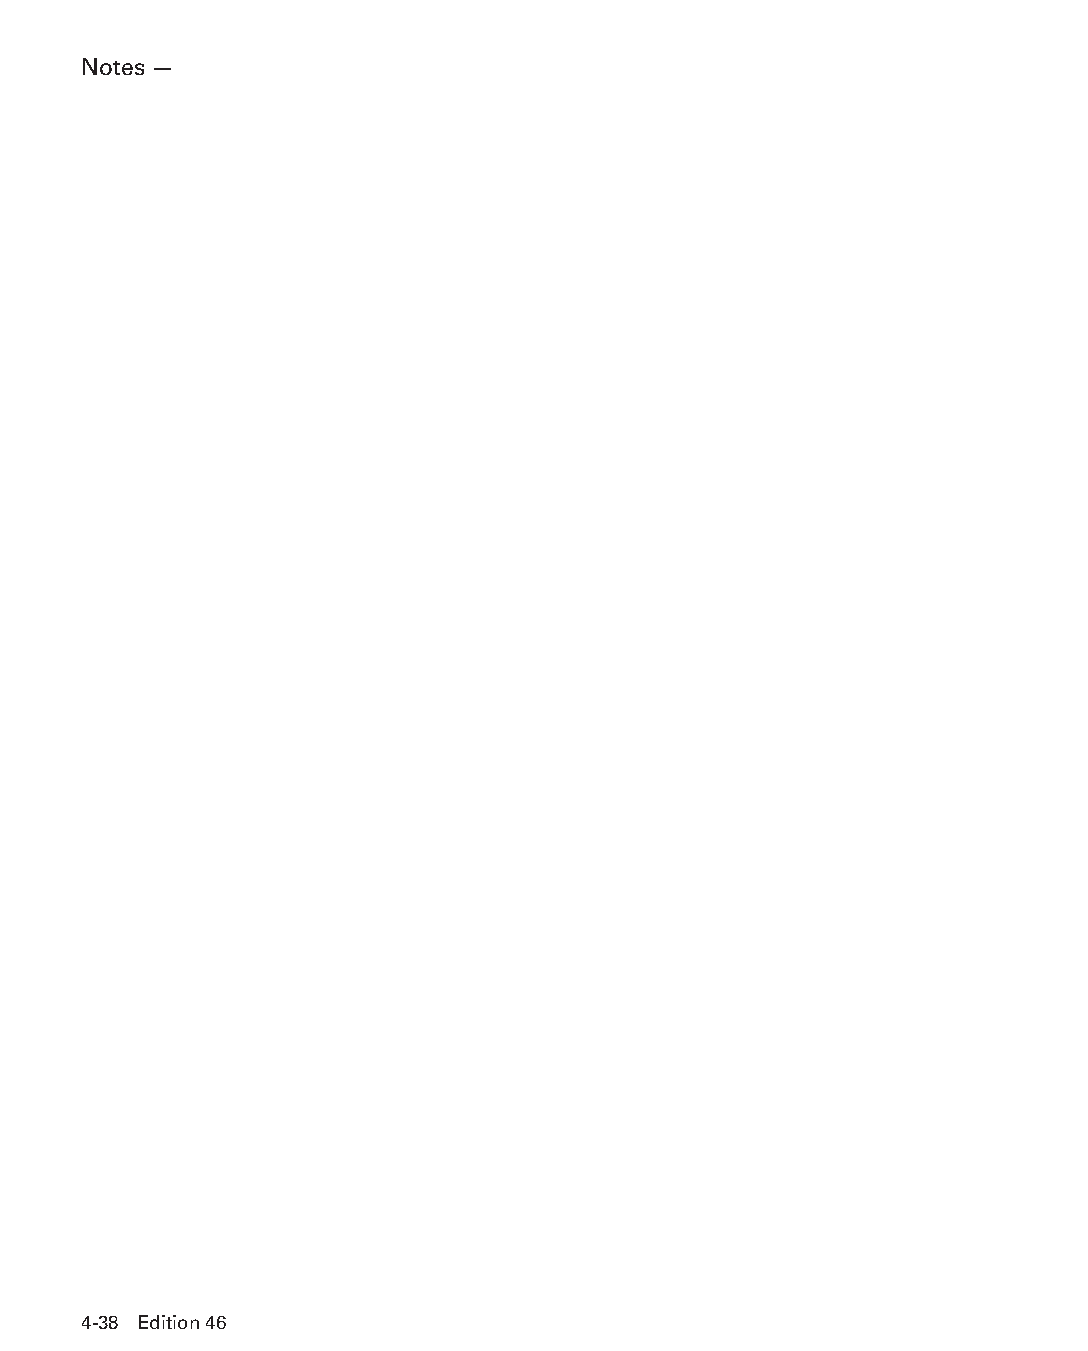
Notes —
 4-38 Edition 46
 PPHHBB--SSeecc0044--1166..iinndddd 3388                        1122//44//1155 1100::3300 AAMM